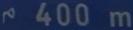
r^{\circ}400\